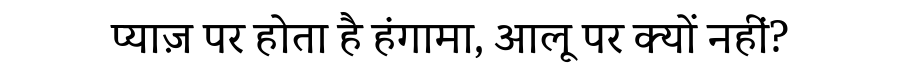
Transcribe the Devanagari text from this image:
प्याज़ पर होता है हंगामा, आलू पर क्यों नहीं?